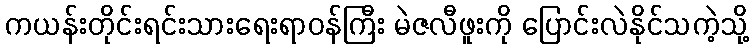
ကယန်းတိုင်းရင်းသားရေးရာဝန်ကြီး မဲဇလီဖူးကို ပြောင်းလဲနိုင်သကဲ့သို့